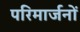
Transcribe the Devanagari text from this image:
परिमार्जनों